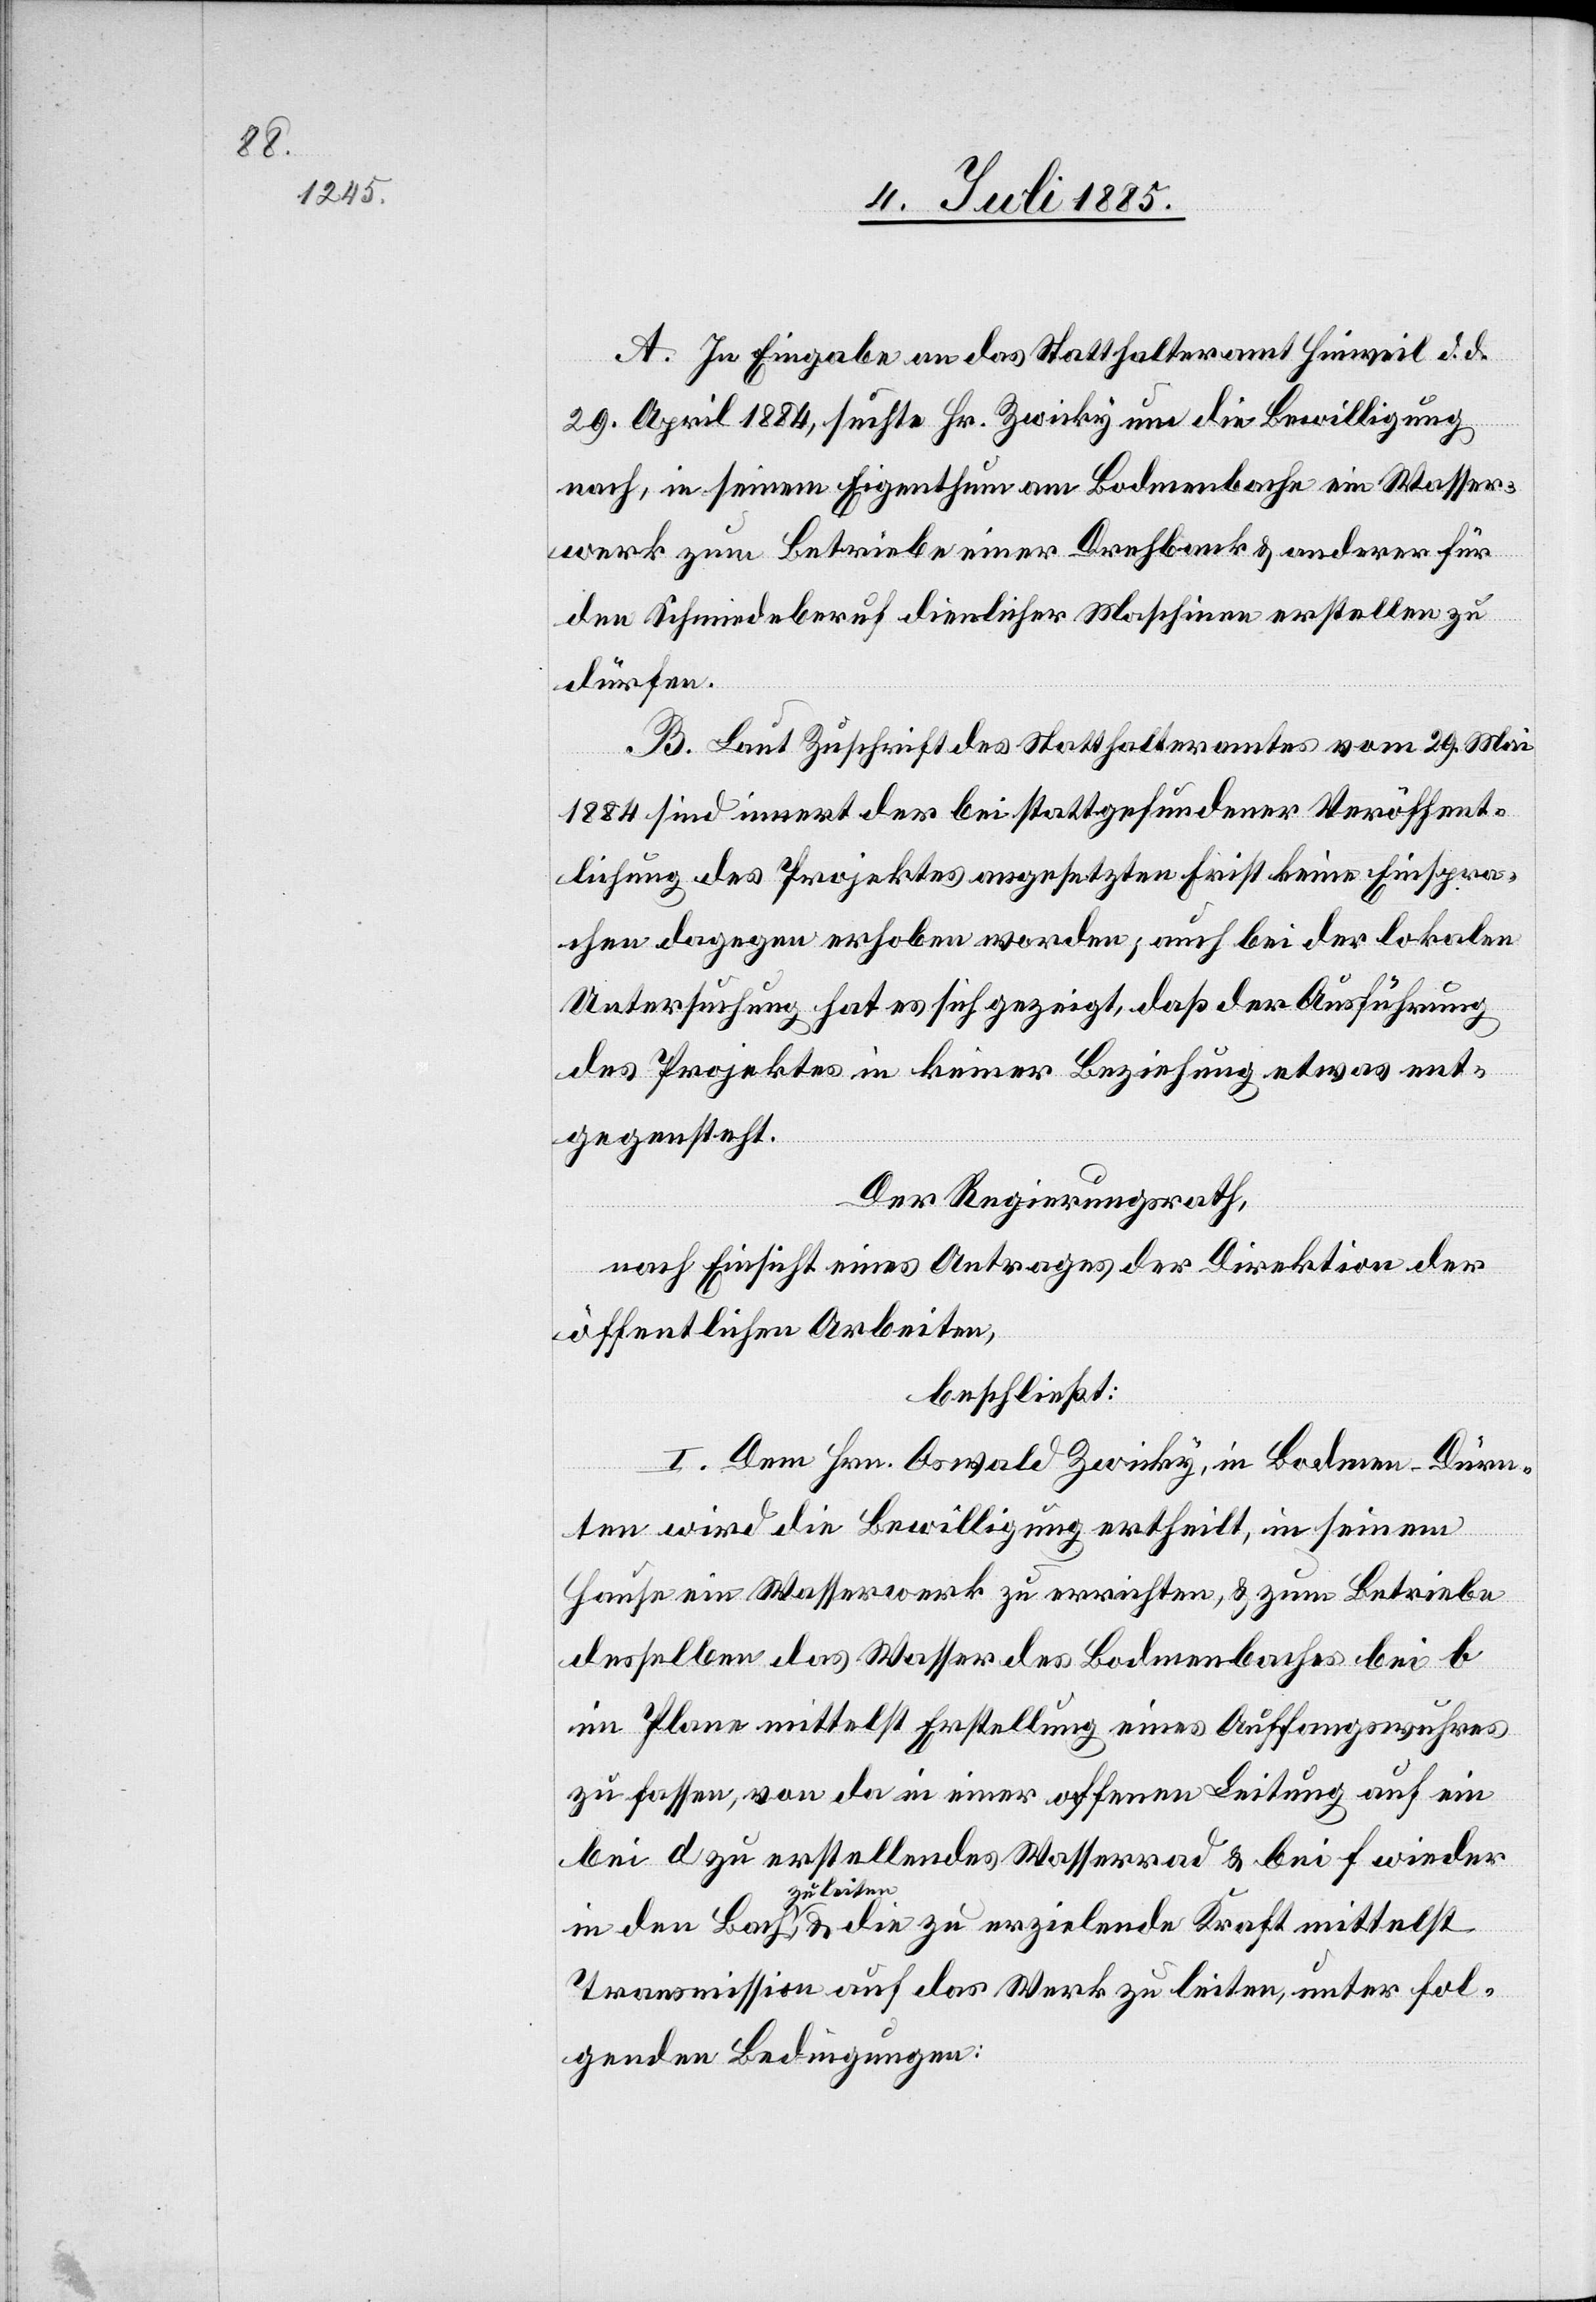
A. In Eingabe an das Statthalteramt Hinweil d. d.
29. April 1884, suchte Hr. Zwicky um die Bewilligung
nach, in seinem Eigenthum am Bodmenbache ein Wasser¬
werk zum Betriebe einer Drehbank & anderer für
den Schmiedeberuf dienlicher Maschinen erstellen zu
dürfen.
B. Laut Zuschrift des Statthalteramtes vom 29. Mai
1884 sind innert der bei stattgefundener Veröffent¬
lichung des Projektes angesetzten Frist keine Einspra¬
chen dagegen erhoben worden; auch bei der lokalen
Untersuchung hat es sich gezeigt, daß der Ausführung
des Projektes in keiner Beziehung etwas ent¬
gegensteht.
Der Regierungsrath,
nach Einsicht eines Antrages der Direktion der
öffentlichen Arbeiten,
beschließt:
I. Dem Hrn. Oswald Zwicky, in Bodmen - Dürn¬
ten wird die Bewilligung ertheilt, in seinem
Hause ein Wasserwerk zu errichten, & zum Betriebe
desselben das Wasser des Bodmenbaches bei b
im Plane mittelst Erstellung eines Auffangswuhres
zu fassen, von da in einer offenen Leitung auf ein
bei d zu erstellendes Wasserrad & bei f wieder
zu leiten,
Transmission auf das Werk zu leiten, unter fol¬
genden Bedingungen: